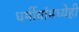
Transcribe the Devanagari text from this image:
धर्मीयांमध्येही